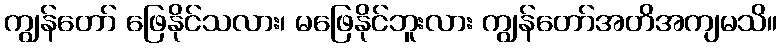
ကျွန်တော် ဖြေနိုင်သလား၊ မဖြေနိုင်ဘူးလား ကျွန်တော်အတိအကျမသိ။